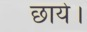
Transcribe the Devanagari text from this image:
छाये।